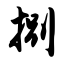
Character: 捌